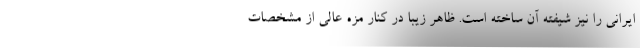
ایرانی را نیز شیفته آن ساخته است. ظاهر زیبا در کنار مزه عالی از مشخصات